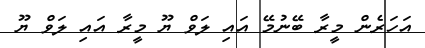
އަހަރެން މީރާ ބޭނުމޭ އައި ލަވް ޔޫ މީރާ އައި ލަވް ޔޫ